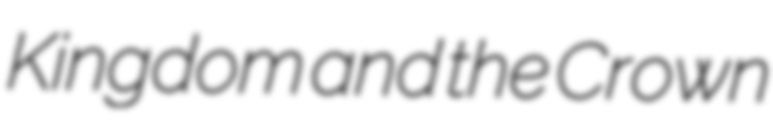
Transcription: Kingdom and the Crown